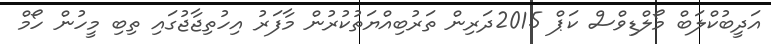
އަދީބުކްލަބް މޯލްޑިވްސް ކަޕް 2015ދަރިން ތަރުބިއްޔަތުކުރުން މާފަރު އިހުތިޖާޖުގައި ތިބި މީހުން ހޯމް